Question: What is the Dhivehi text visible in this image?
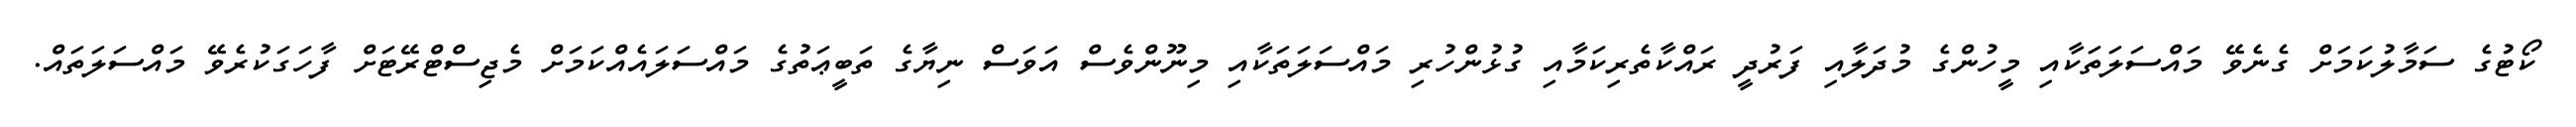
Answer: ކޯޓުގެ ސަމާލުކަމަށް ގެނެވޭ މައްސަލަތަކާއި މީހުންގެ މުދަލާއި ފަރުދީ ރައްކާތެރިކަމާއި ގުޅުންހުރި މައްސަލަތަކާއި މިނޫންވެސް އަވަސް ނިޔާގެ ތަބީޢަތުގެ މައްސަލައެއްކަމަށް މެޖިސްޓްރޭޓަށް ފާހަގަކުރެވޭ މައްސަލަތައް.